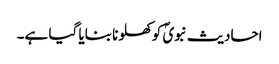
احادیث نبویؐ کو کھلونا بنایا گیا ہے۔